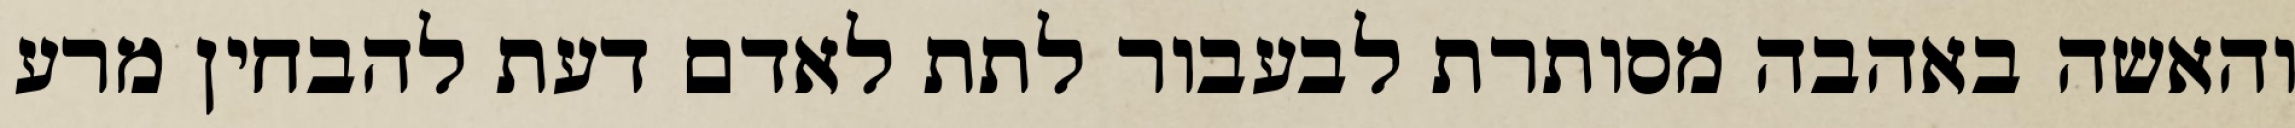
והאשה באהבה מסותרת לבעבור לתת לאדם דעת להבחין מרע